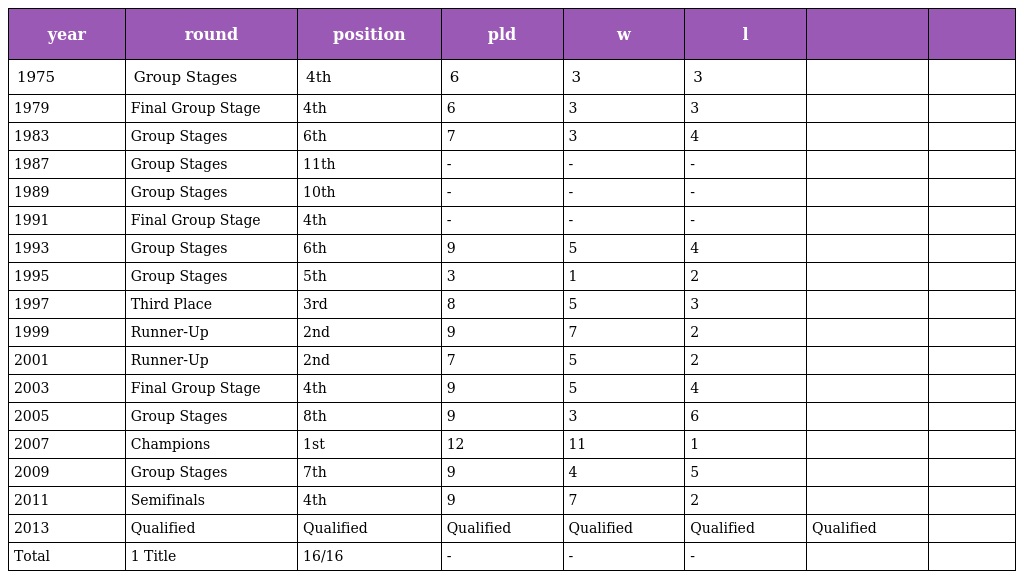
| year | round | position | pld | w | l |  |  |
 | --- | --- | --- | --- | --- | --- | --- | --- |
 | 1975 | Group Stages | 4th | 6 | 3 | 3 |  |  |
 | 1979 | Final Group Stage | 4th | 6 | 3 | 3 |  |  |
 | 1983 | Group Stages | 6th | 7 | 3 | 4 |  |  |
 | 1987 | Group Stages | 11th | - | - | - |  |  |
 | 1989 | Group Stages | 10th | - | - | - |  |  |
 | 1991 | Final Group Stage | 4th | - | - | - |  |  |
 | 1993 | Group Stages | 6th | 9 | 5 | 4 |  |  |
 | 1995 | Group Stages | 5th | 3 | 1 | 2 |  |  |
 | 1997 | Third Place | 3rd | 8 | 5 | 3 |  |  |
 | 1999 | Runner-Up | 2nd | 9 | 7 | 2 |  |  |
 | 2001 | Runner-Up | 2nd | 7 | 5 | 2 |  |  |
 | 2003 | Final Group Stage | 4th | 9 | 5 | 4 |  |  |
 | 2005 | Group Stages | 8th | 9 | 3 | 6 |  |  |
 | 2007 | Champions | 1st | 12 | 11 | 1 |  |  |
 | 2009 | Group Stages | 7th | 9 | 4 | 5 |  |  |
 | 2011 | Semifinals | 4th | 9 | 7 | 2 |  |  |
 | 2013 | Qualified | Qualified | Qualified | Qualified | Qualified | Qualified |  |
 | Total | 1 Title | 16/16 | - | - | - |  |  |